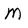
Character: M